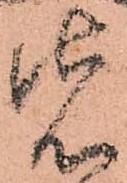
先